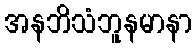
အနဘိသံဘူနမာနာ